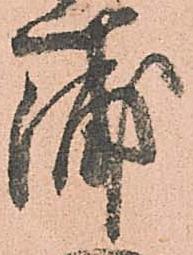
浦